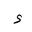
Letter: _hamza